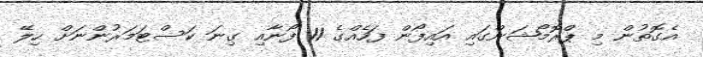
އެގޮތުން މި ޕްރޮމޯޝަންގައި އައިފޯން ފަހެއްގެ 11 ފޯނާއި ގިނަ ކަސްޓަމަރުންނަށް ހިލޭ